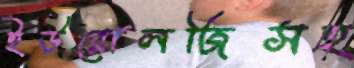
ইউরোলজিসহ